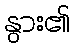
နွား၏